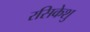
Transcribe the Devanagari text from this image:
रसिकेशु